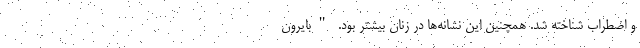
و اضطراب شناخته شد. همچنین این نشانه‌ها در زنان بیشتر بود. "بایرون